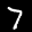
Label: 7